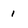
Character: 1